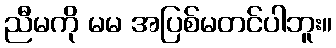
ညီမကို မမ အပြစ်မတင်ပါဘူး။